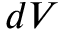
d V